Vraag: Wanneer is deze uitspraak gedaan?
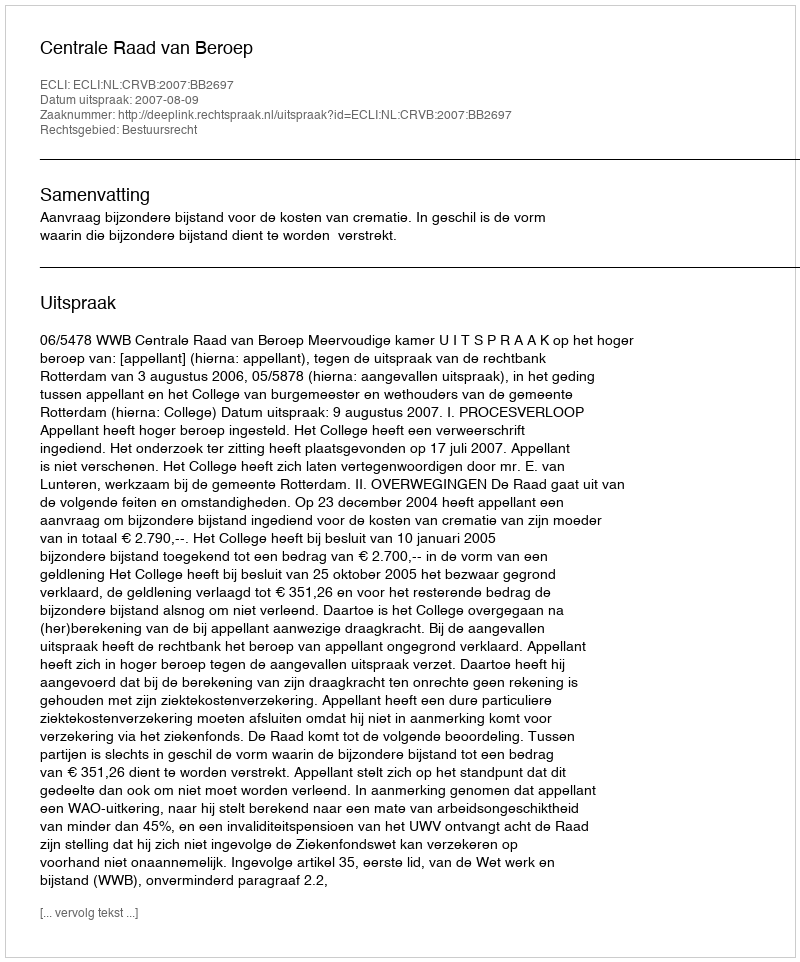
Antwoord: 2007-08-09